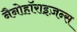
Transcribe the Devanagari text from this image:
नैनोहॉराइज़न्स